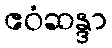
ဧဝံဆန္ဒာ